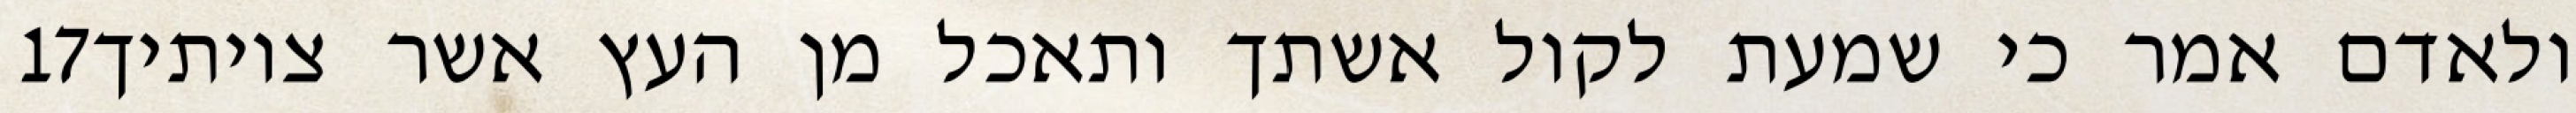
‎17‏ ולאדם אמר כי שמעת לקול אשתך ותאכל מן העץ אשר צויתיך